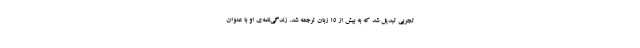
تجربی تبدیل شد که به بیش از ۱۵ زبان ترجمه شد. زندگی‌نامه‌ی او با عنوان